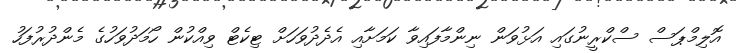
އޮލިމްޕަސް ސްކްރީނުގައި އަޅުވަން ނިންމާފައިވާ ކަމަށާއި އެދެދުވަހަށް ޓިކެޓް ވިއްކުން ހޯމަދުވަހުގެ މެންދުރުފަހު